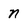
Character: n